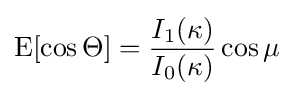
\operatorname {E} [\cos \Theta ]={\frac {I_{1}(\kappa )}{I_{0}(\kappa )}}\cos \mu